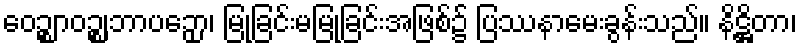
ဝေဉ္ဈာဝဉ္ဈဘာပဉှော၊ မြုံခြင်းမမြုံခြင်းအဖြစ်၌ ပြဿနာမေးခွန်းသည်။ နိဋ္ဌိတာ၊